Vaccination in the Punjab 1883-1896 - 1883-1896
Year: 1883
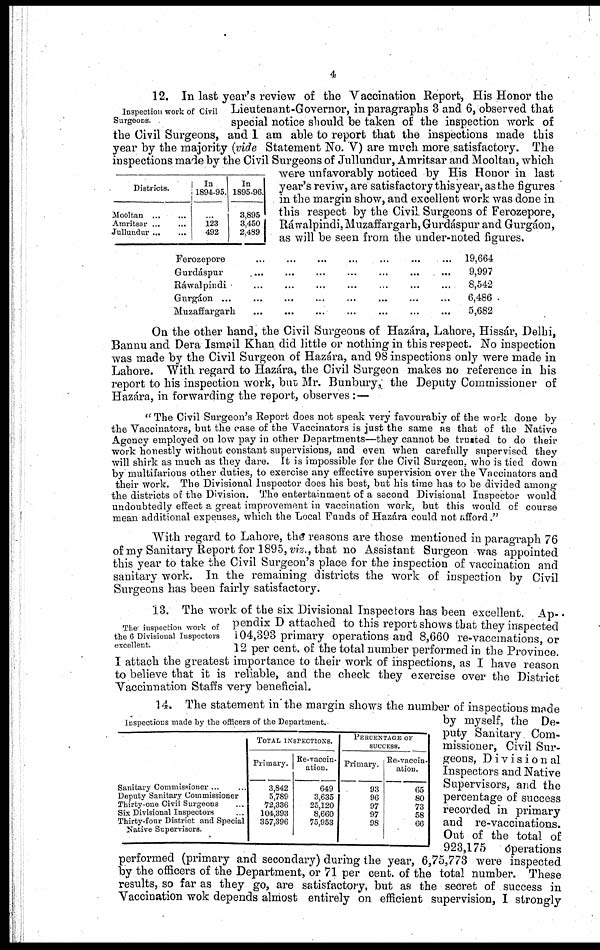
4
Inspection work of Civil
Surgeons.
Districts.
Mooltan
...
...
Amritsar ... ...
Jullundur ... ...
In
1894-95.
...
123
492
In
1895-96.
3,895
3,450
2,489
12. In last year's review of the Vaccination Report, His Honor the
Lieutenant-Governor, in paragraphs 3 and 6, observed that
special notice should be taken of the inspection work of
the Civil Surgeons, and I am able to report that the inspections made this
year by the majority (vide Statement No. V) are much more satisfactory. The
inspections made by the Civil Surgeons of Jullundur, Amritsar and Mooltan, which
were unfavorably noticed by His Honor in last
year's reviw, are satisfactory this year, as the figures
in the margin show, and excellent work was done in
this respect by the Civil Surgeons of Ferozepore,
Ráwalpindi, Muzaffargarh,Gurdáspur and Gurgáon,
as will be seen from the under-noted figures.
Ferozepore ... ... ... ... ... ... ...
Gurdáspur ... ... ... ... ... ... ...
Rawalpindi ... ... ... ... ... ... ...
Gurgáon ... ... ... ... ... ... ... ...
Muzaffargarh
...
...
...
...
...
...
...
19,664
9,997
8,542
6,486
5,682
On the other hand, the Civil Surgeons of Hazára, Lahore, Hissár, Delhi,
Bannu and Dera Ismail Khan did little or nothing in this respect. No inspection
was made by the Civil Surgeon of Hazára, and 98 inspections only were made in
Lahore. With regard to Hazára, the Civil Surgeon makes no reference in his
report to his inspection work, but Mr. Bunbury, the Deputy Commissioner of
Hazára, in forwarding the report, observes :—
"The Civil Surgeon's Report does not speak very favourabiy of the work done by
the Vaccinators, but the case of the Vaccinators is just the same as that of the Native
Agency employed on low pay in other Departments—they cannot be trusted to do their
work honestly without constant supervisions, and even when carefully supervised they
will shirk as much as they dare. It is impossible for the Civil Surgeon, who is tied down
by multifarious other duties, to exercise any effective supervision over the Vaccinators and
their work. The Divisional Inspector does his best, but his time has to be divided among
the districts of the Division. The entertainment of a second Divisional Inspector would
undoubtedly effect a great improvement in vaccination work, but this would of course
mean additional expenses, which the Local Funds of Hazára could not afford."
With regard to Lahore, the reasons are those mentioned in paragraph 76
of my Sanitary Report for 1895, viz., that no Assistant Surgeon was appointed
this year to take the Civil Surgeon's place for the inspection of vaccination and
sanitary work. In the remaining districts the work of inspection by Civil
Surgeons has been fairly satisfactory.
The inspection work of
the 6 Divisional Inspectors
excellent.
13. The work of the six Divisional Inspectors has been excellent. Ap-
pendix D attached to this report shows that they inspected
104,393 primary operations and 8,660 re-vaccinations, or
12 per cent. of the total number performed in the Province.
I attach the greatest importance to their work of inspections, as I have reason
to believe that it is reliable, and the check they exercise over the District
Vaccinnation Staffs very beneficial.
Inspections made by the officers of the Department.
Sanitary Commissioner ... ...
Deputy Sanitary Commissioner
Thirty-one Civil Surgeons
...
Six Divisional Inspectors ...
Thirty-four District and Special
Native Supervisors.
TOTAL INSPECTIONS.
Primary.
3,842
5,789
72,336
104,393
357,396
Re-vaccin-
ation.
649
3,635
25,120
8,660
75,953
PERCENTAGE OF
SUCCESS.
Primary.
93
96
97
97
98
Re-vaccin-
ation.
65
80
73
58
66
14. The statement in the margin shows the number of inspections made
by myself, the De-
puty Sanitary Com-
missioner, Civil Sur-
geons, Divisional
Inspectors and Native
Supervisors, and the
percentage of success
recorded in primary
and re-vaccinations.
Out of the total of
923,175
óperations
performed (primary and secondary) during the year, 6,75,773 were inspected
by the officers of the Department, or 71 per cent. of the total number. These
results, so far as they go, are satisfactory, but as the secret of success in
Vaccination wok depends almost entirely on efficient supervision, I strongly